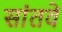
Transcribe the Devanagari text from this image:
सांतवे